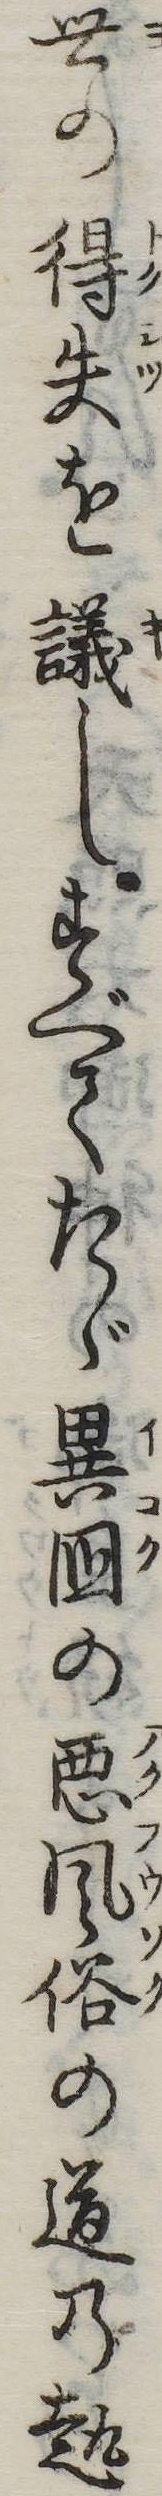
世の得失を議しすべてたゞ異国の悪風俗の道の趣